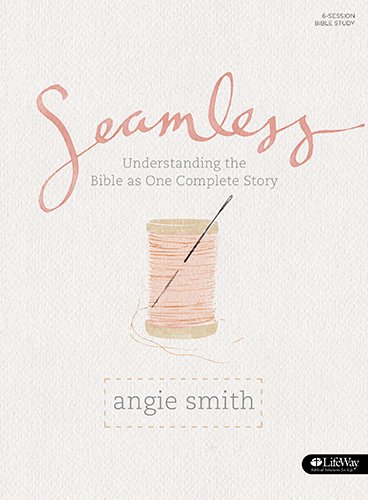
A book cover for Seamless: Understanding the Bible as One Complete Story (Member Book); Angie Smith; Christian Books & Bibles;